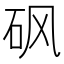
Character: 砜